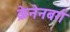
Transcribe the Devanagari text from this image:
क्रेनेनबर्ग